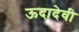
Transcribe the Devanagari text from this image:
ऊदादेवी